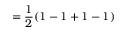
= \frac { 1 } { 2 } ( 1 - 1 + 1 - 1 )